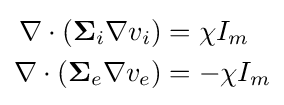
{\begin{alignedat}{2}\nabla \cdot (\mathbf {\Sigma } _{i}\nabla v_{i})&=\chi I_{m}\\\nabla \cdot (\mathbf {\Sigma } _{e}\nabla v_{e})&=-\chi I_{m}\end{alignedat}}